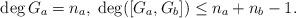
LaTeX: \begin{align*}\deg G_a = n_a, \; \deg([G_a, G_b]) \leq n_a + n_b - 1.\end{align*}